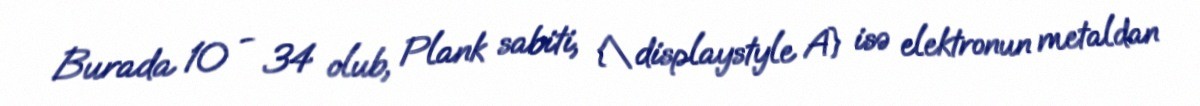
Burada 10 − 34 olub, Plank sabiti, {\displaystyle A} isə elektronun metaldan